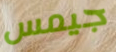
جيمس